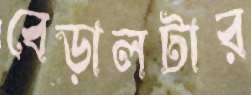
বেড়ালটার